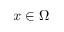
x \in \Omega